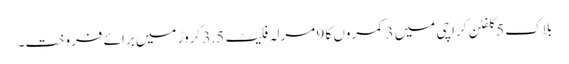
بلاک 5 کلفٹن کراچی میں 3 کمروں کا 9 مرلہ فلیٹ 3.5 کروڑ میں برائے فروخت۔